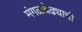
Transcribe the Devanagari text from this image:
मंगळवेढ्याची